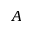
A